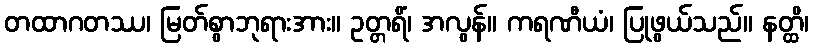
တထာဂတဿ၊ မြတ်စွာဘုရားအား။ ဥတ္တရိံ၊ အလွန်။ ကရဏီယံ၊ ပြုဖွယ်သည်။ နတ္ထိ၊